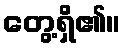
တွေ့ရှိ၏။